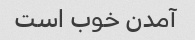
آمدن خوب است